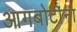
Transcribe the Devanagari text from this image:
आगबोटींना